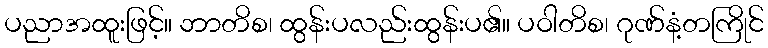
ပညာအထူးဖြင့်။ ဘာတိစ၊ ထွန်းပလည်းထွန်းပ၏။ ပဝါတိစ၊ ဂုဏ်နံ့တကြိုင်